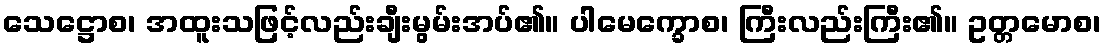
သေဋ္ဌောစ၊ အထူးသဖြင့်လည်းချီးမွမ်းအပ်၏။ ပါမေက္ခောစ၊ ကြီးလည်းကြီး၏။ ဥတ္တမောစ၊